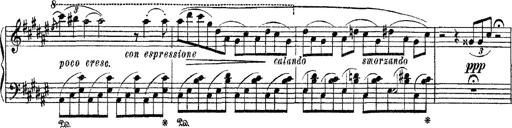
Title: Apparitions
Composer: Franz Liszt